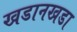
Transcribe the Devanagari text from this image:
खडानखडा